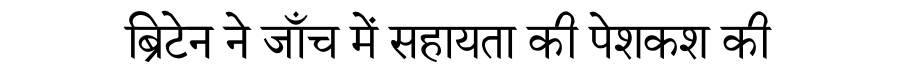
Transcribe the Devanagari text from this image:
ब्रिटेन ने जाँच में सहायता की पेशकश की